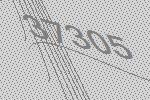
37305